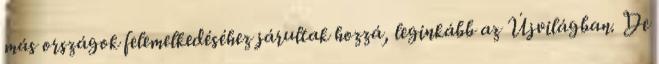
más országok felemelkedéséhez járultak hozzá, leginkább az Újvilágban. De